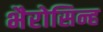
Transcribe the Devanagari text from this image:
भैरोसिन्ह